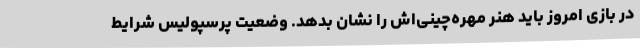
در بازی امروز باید هنر مهره‌چینی‌اش را نشان بدهد. وضعیت پرسپولیس شرایط